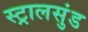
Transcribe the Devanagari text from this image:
स्ट्रालसुंड